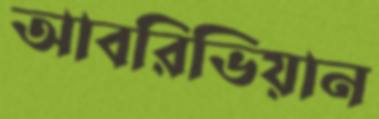
আবরিভিয়ান